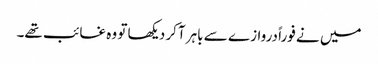
میں نے فوراً دروازے سے باہر آکر دیکھا تو وہ غائب تھے۔